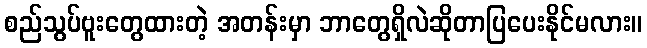
စည်သွပ်ဗူးတွေထားတဲ့ အတန်းမှာ ဘာတွေရှိလဲဆိုတာပြပေးနိုင်မလား။